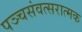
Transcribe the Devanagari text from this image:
पञ्चसंवत्सरात्मक